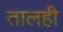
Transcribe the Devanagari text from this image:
तालही